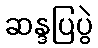
ဆန္ဒပြပွဲ